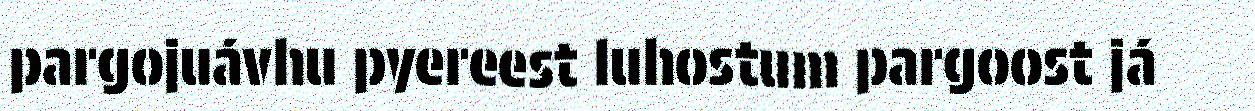
pargojuávhu pyereest luhostum pargoost já